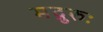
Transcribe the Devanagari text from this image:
मद्गुरुः